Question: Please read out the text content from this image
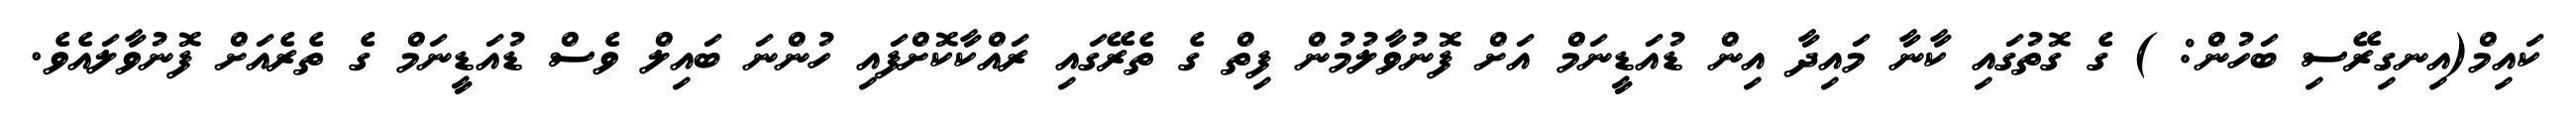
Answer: ކައިމް(އިނގިރޭސި ބަހުން: ) ގެ ގޮތުގައި ކާނާ މައިދާ އިން ޑުއަޑީނަމް އަށް ފޮނުވާލުމުން ފިތް ގެ ތެރޭގައި ރައްކާކޮށްފައި ހުންނަ ބައިލް ވެސް ޑުއަޑީނަމް ގެ ތެރެއަށް ފޮނުވާލައެވެ.